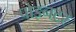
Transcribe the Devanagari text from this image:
पोइनटर